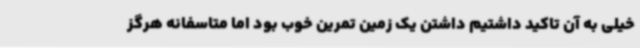
خیلی به آن تاکید داشتیم داشتن یک زمین تمرین خوب بود اما متاسفانه هرگز